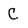
Character: C